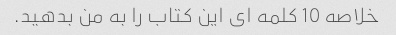
خلاصه 10 کلمه ای این کتاب را به من بدهید.